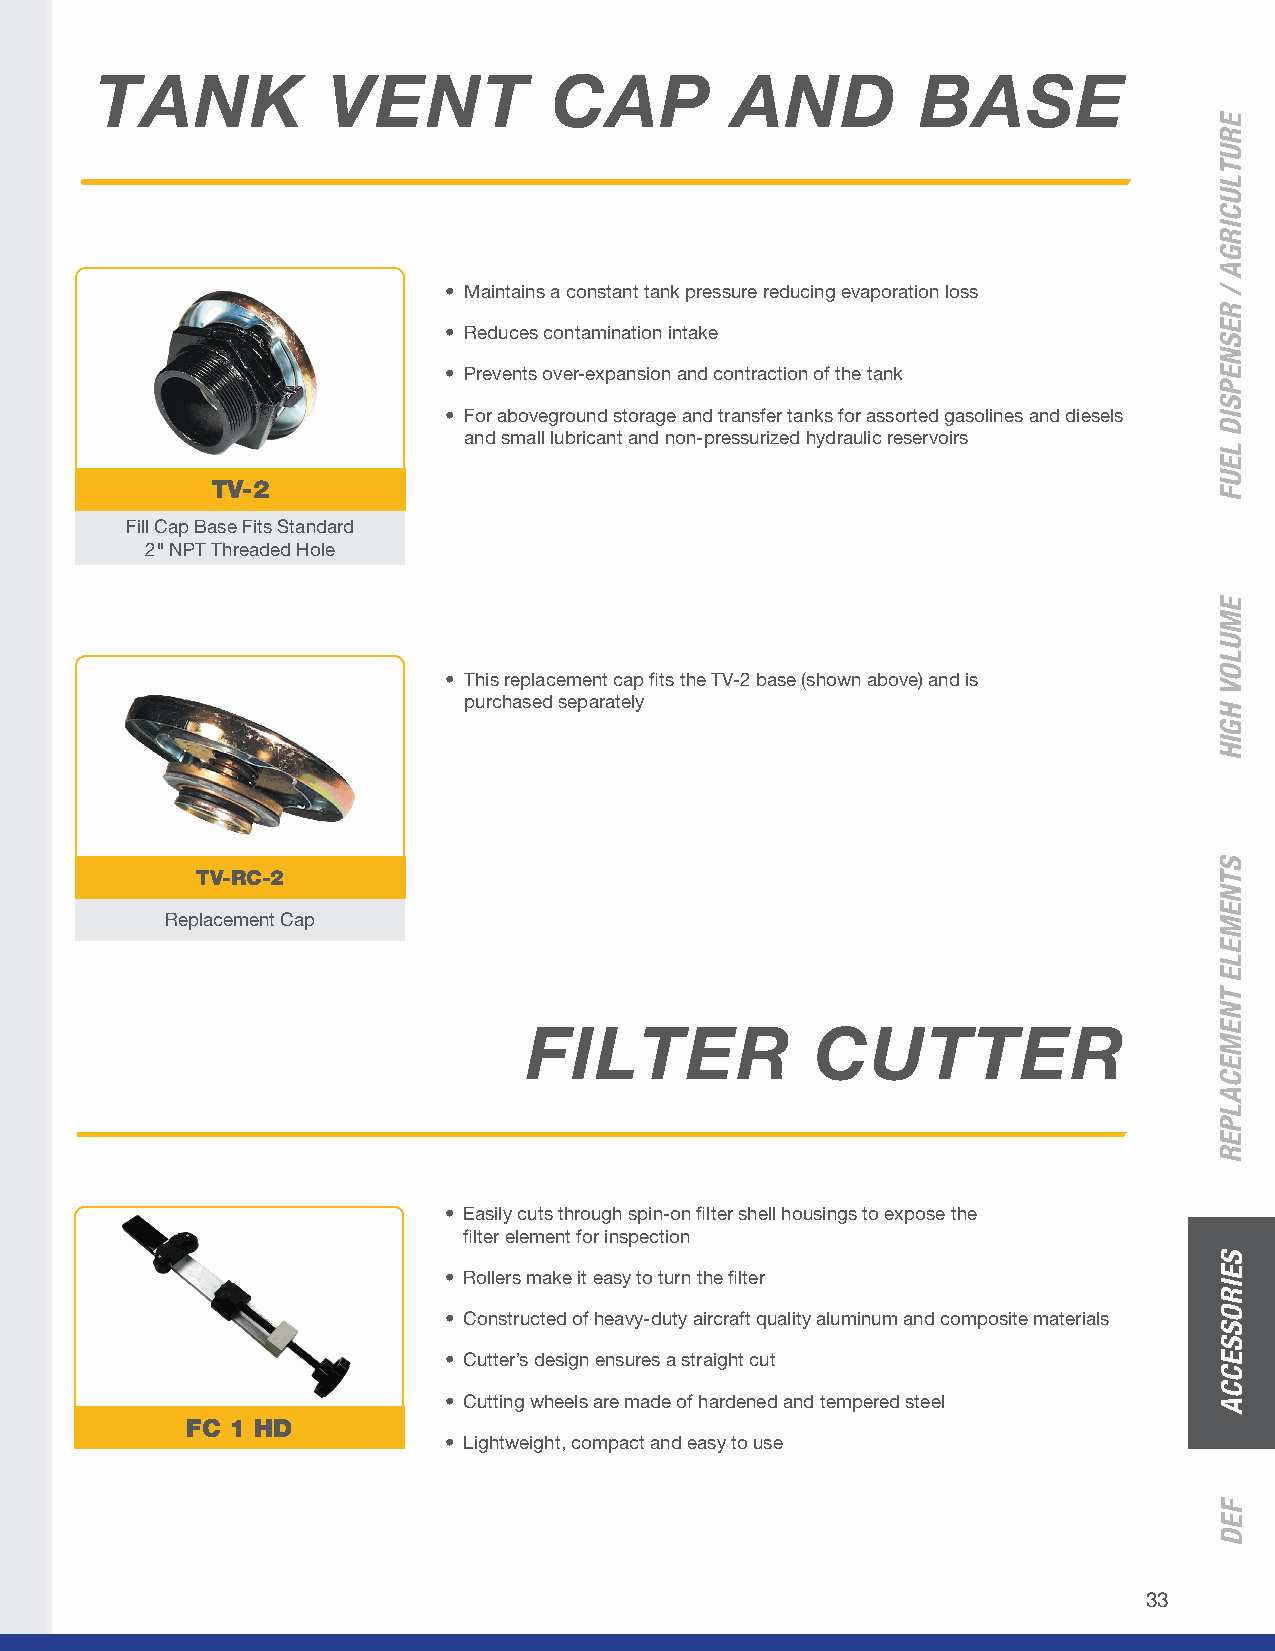
TANK            VENT           CAP         AND         BASE
 • Maintains a constant tank pressure reducing evaporation loss
 • Reduces contamination intake
 • Prevents over-expansion and contraction of the tank
 • For aboveground storage and transfer tanks for assorted gasolines and diesels
 and small lubricant and non-pressurized hydraulic reservoirs
 TV-2
 Fill Cap Base Fits Standard
 2" NPT Threaded Hole
 • This replacement cap fits the TV-2 base (shown above) and is
 purchased separately
 TV-RC-2
 Replacement Cap
 FILTER             CUTTER
 • Easily cuts through spin-on filter shell housings to expose the
 filter element for inspection
 • Rollers make it easy to turn the filter
 • Constructed of heavy-duty aircraft quality aluminum and composite materials
 • Cutter’s design ensures a straight cut
 • Cutting wheels are made of hardened and tempered steel
 FC 1 HD
 • Lightweight, compact and easy to use
 33
 ERUTLUCIRGA
 /
 RESNEPSID
 LEUF
 EMULOV
 HGIH
 STNEMELE
 TNEMECALPER
 SEIROSSECCA
 FED